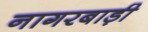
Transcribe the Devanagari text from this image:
नागरबाड़ी